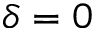
\delta = 0